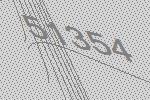
51354